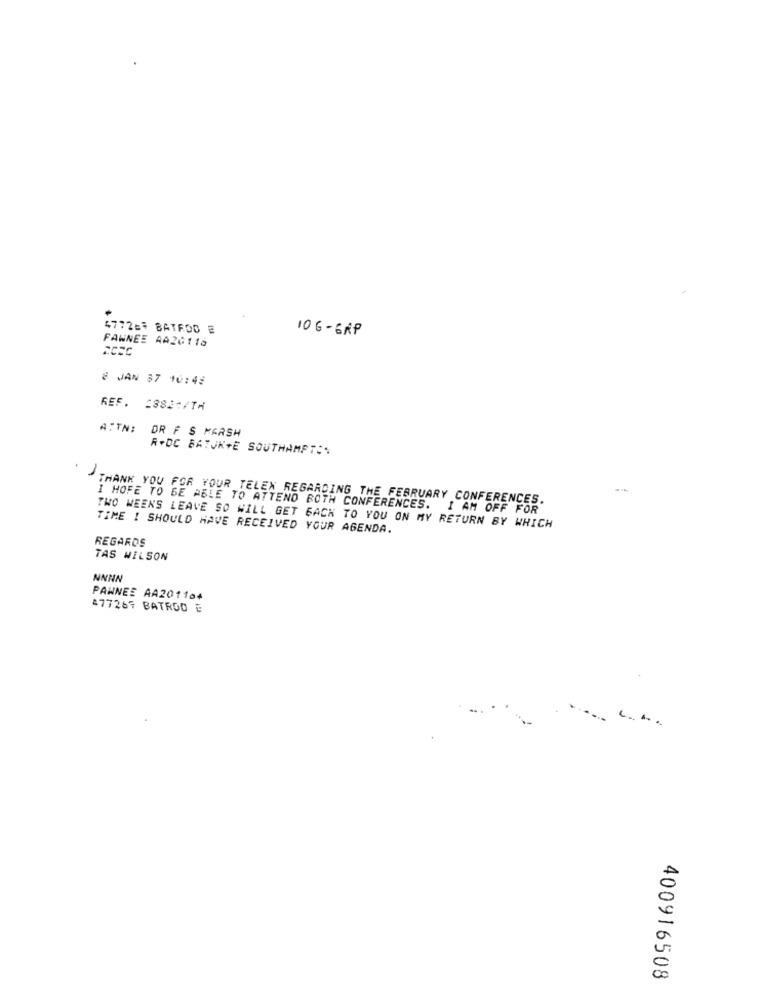
477267 BATROO E
106-GRP
PAWNEE AA20116
8 JAN 37 10:45
REF. 2888:/TH
ATTN: DR F S KARSH
R+DC BATJK+E SOUTHAMPTON
1.
THANK YOU FOR YOUR TELEX REGARDING THE FEBRUARY CONFERENCES.
I HOFE TO BE ABLE TO ATTEND BOTH CONFERENCES. I AM OFF FOR
TIME I SHOULD HAVE RECEIVED YOUR AGENDA.
TWO WEEKS LEAVE SO WILL GET BACK TO YOU ON MY RETURN BY WHICH
REGARDS
TAS WILSON
NNNN
PAWNEE AA201104
477267 BATROO E
400916508